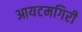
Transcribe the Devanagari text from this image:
आयटमगिरी